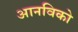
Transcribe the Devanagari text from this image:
आनविको